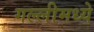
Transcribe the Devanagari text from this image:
गल्लीमध्ये